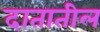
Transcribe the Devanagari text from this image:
दातातील